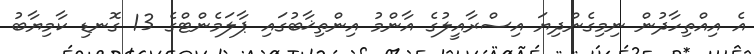
އެ އިއްތިހާދުން ނިމިގެންދިޔަ އިސްރާއީލުގެ އާންމު އިންތިޚާބުގައި ޕާލަމެންޓްގެ 13 ގޮނޑި ކާމިޔާބު